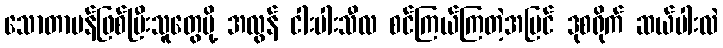
သောတာပန်ဖြစ်ပြီးသူတွေမို့ အလွန် ငါးပါးသီလ စင်ကြယ်ကြတဲ့အပြင် ဒုစရိုက် ဆယ်ပါးလဲ